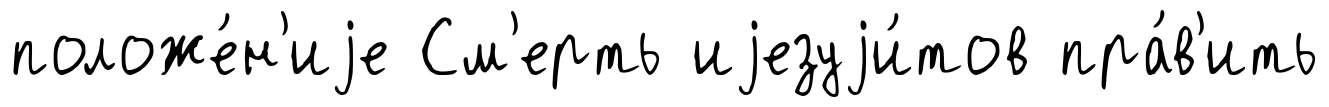
положе́н'иjе См'ерть иjезуjи́тов пра́в'ить